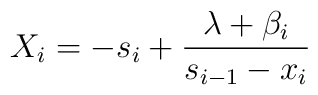
X_i=-s_i+\frac{\lambda +\beta_i}{s_{i-1}-x_i}\\